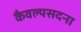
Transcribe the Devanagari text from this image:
कैवल्यसदना